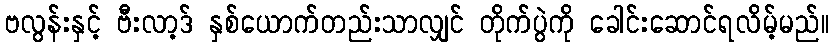
ဗလွန်းနှင့် ဗီးလာ့ဒ် နှစ်ယောက်တည်းသာလျှင် တိုက်ပွဲကို ခေါင်းဆောင်ရလိမ့်မည်။